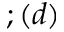
; ( d )